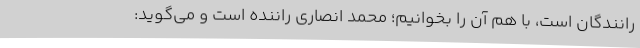
رانندگان است، با هم آن را بخوانیم؛ محمد انصاری راننده است و می‌گوید: